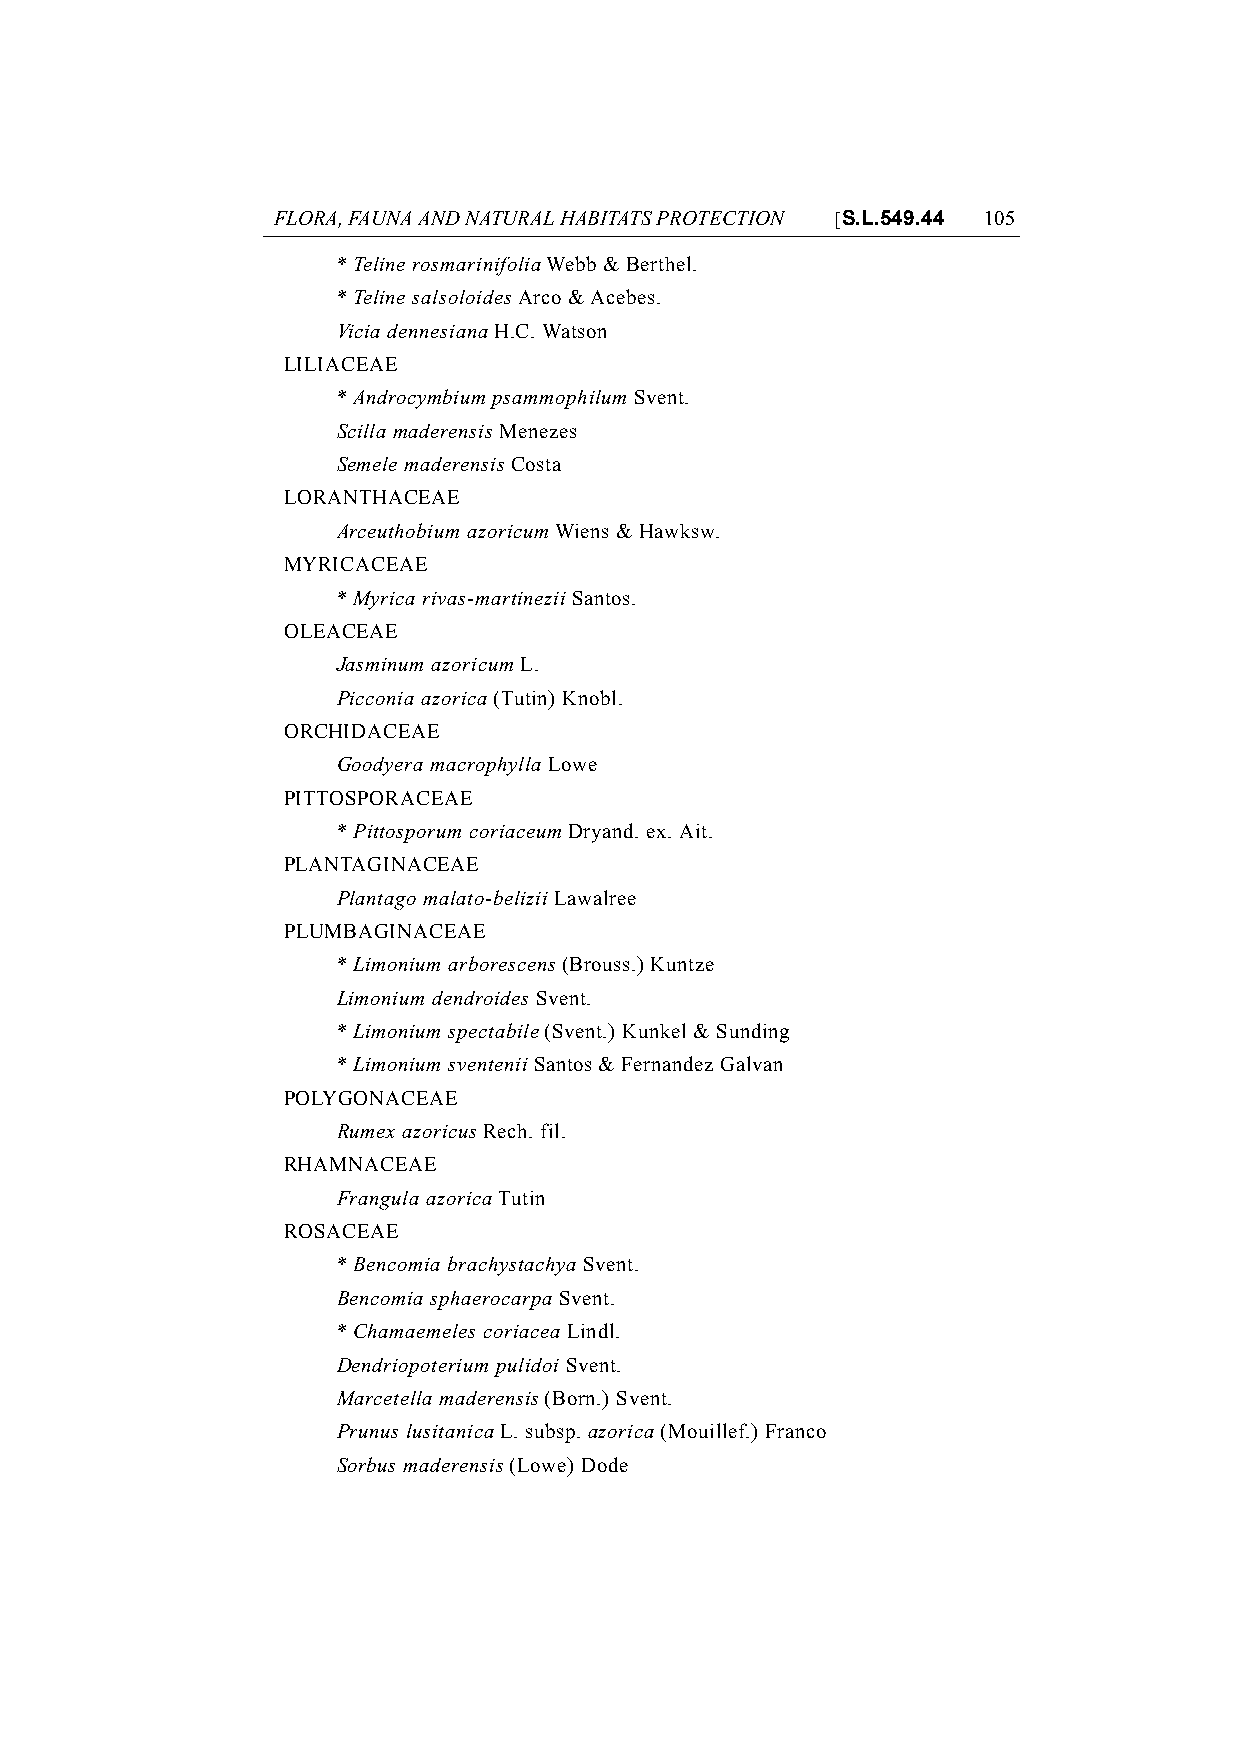
FLORA, FAUNA AND NATURAL HABITATS PROTECTION [S.L.549.44 105
 * Teline rosmarinifolia Webb & Berthel.
 * Teline salsoloides Arco & Acebes.
 Vicia dennesiana H.C. Watson
 LILIACEAE
 * Androcymbium psammophilum Svent.
 Scilla maderensis Menezes
 Semele maderensis Costa
 LORANTHACEAE
 Arceuthobium azoricum Wiens & Hawksw.
 MYRICACEAE
 * Myrica rivas-martinezii Santos.
 OLEACEAE
 Jasminum azoricum L.
 Picconia azorica (Tutin) Knobl.
 ORCHIDACEAE
 Goodyera macrophylla Lowe
 PITTOSPORACEAE
 * Pittosporum coriaceum Dryand. ex. Ait.
 PLANTAGINACEAE
 Plantago malato-belizii Lawalree
 PLUMBAGINACEAE
 * Limonium arborescens (Brouss.) Kuntze
 Limonium dendroides Svent.
 * Limonium spectabile (Svent.) Kunkel & Sunding
 * Limonium sventenii Santos & Fernandez Galvan
 POLYGONACEAE
 Rumex azoricus Rech. fil.
 RHAMNACEAE
 Frangula azorica Tutin
 ROSACEAE
 * Bencomia brachystachya Svent.
 Bencomia sphaerocarpa Svent.
 * Chamaemeles coriacea Lindl.
 Dendriopoterium pulidoi Svent.
 Marcetella maderensis (Born.) Svent.
 Prunus lusitanica L. subsp. azorica (Mouillef.) Franco
 Sorbus maderensis (Lowe) Dode